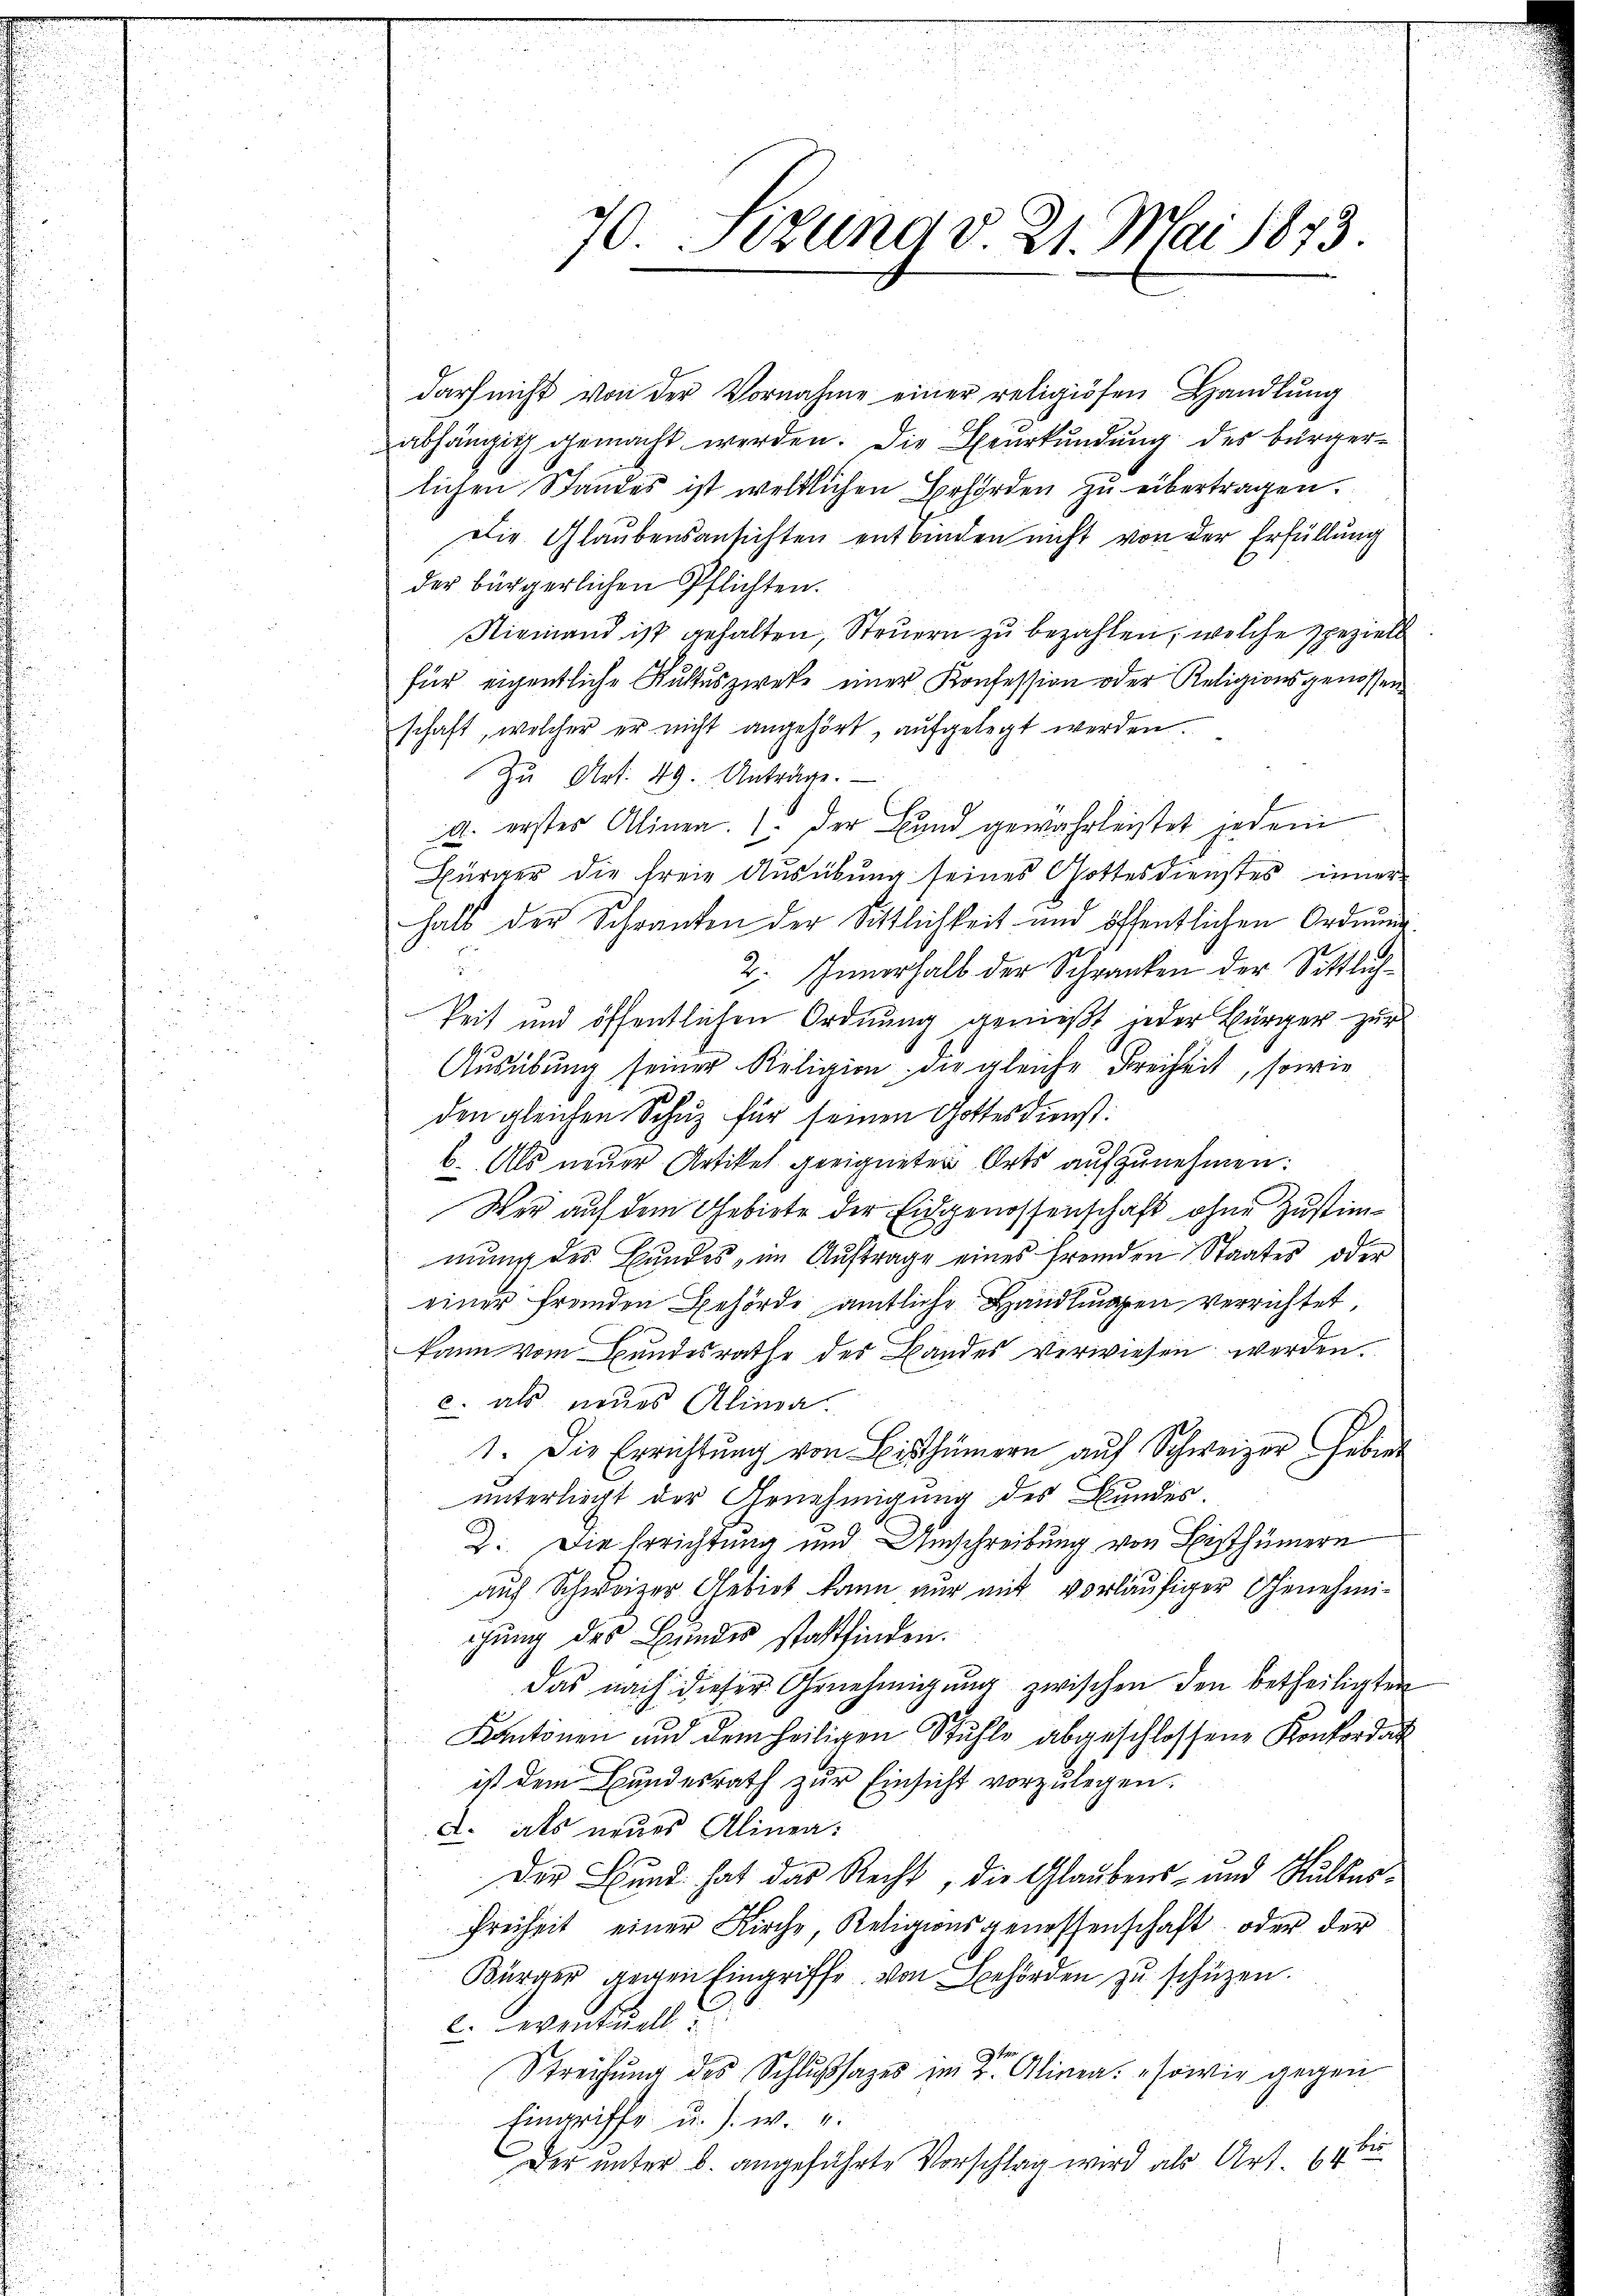
70. Fezung d 21. Mai 1873

darf nicht von der Vornahme einer religiösen Handlung
abhängig gemacht werden. Die Beurkundung des bürgerlichen Standes ist weltlichen Behörden zu übertragen.
Die Glaubensansichten entbinden nicht von der Erfüllung
der bürgerlichen Pflichten.
Niemand ist gehalten, Steuern zu bezahlen, welche speziell
für eigentliche Rŭttŭszwecke einer Konfession oder Religionsgenossen
schaft, welcher er nicht angehört, aufgelegt werden.
Zu Art. 49. Anträge.
a. erstes Alinen. Der Bund gewahrleistet jedem
Bürger die freie Ausübung seines Gottesdienstes inner
halb der Schranken der Sittlichkeit und öffentlichen Ordnung
.
2. Innerhalb der Schranken der Sittlichkeit und öffentlichen Ordnung genießt jeder Bürger zur
Ausübung seiner Religion die gleiche Freiheit, sowie
den gleichen Schuz für seinen Gottesdienst:
b. Als neuer Artikel geeigneten Orts aufzunehmen:
Wer auf dem Gebiete der Eidgenossenschaft ohne Zustimmung des Bundes, im Auftrage eines fremden Staates oder
einer fremden Behörde amtliche Handlungen verrichtet,
kann vom Bundesrathe des Bandes verwiesen werden.
c. als neues Alinea.
1. Die Errichtŭng von Bisthümern aŭf Schweizer Gebiet
unterliegt der Genehmigung des Bundes.
2. Die Errichtung und Umschreibung von Bisthümern
auf Schweizer Gebiet kann nur mit vorläufiger Genehmiigung des Bundes stattfinden.
das nach dieser Genehmigung zwischen den betheiligten
Kantonen und dem heiligen Stühle abgeschlossene Konkordat
ist dem Bundesrath zŭr Einsicht vorzulegen.
d. als neues Alinea:
Der Stund hat das Recht, die Glaubens- und Hulter¬
Freiheit einer Kirche, Religionsgenossenschaft oder der
Bürger gegen Eingriffe von Behörden zu schützen.
C. eventuell
Streichung des Schlußsazes im Alinea: sowie gegen
Eingriffe u. s. w. 4
Der unter B. angeführte Vorschlag wird als Art 14 bis